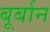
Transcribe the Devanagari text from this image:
बूर्बान